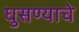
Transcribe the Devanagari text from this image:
घुसण्याचे